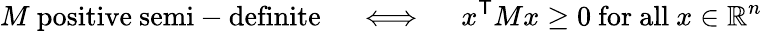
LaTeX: M{\mathrm{~positive~semi-definite}}\quad\iff\quad x^{\textsf{T}}Mx\geq 0{\mathrm{~for~all~}}x\in\mathbb{R}^{n}